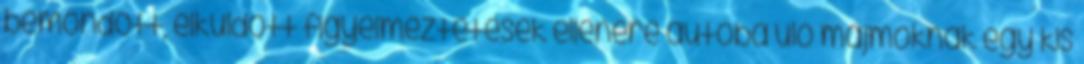
bemondott, elküldött figyelmeztetések ellenére autóba ülő majmoknak egy kis